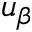
u _ { \beta }